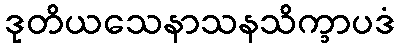
ဒုတိယသေနာသနသိက္ခာပဒံ